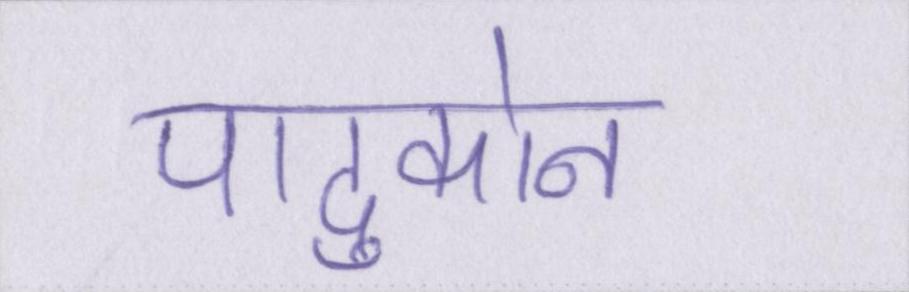
पादुकोन